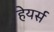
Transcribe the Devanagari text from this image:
हेयर्स